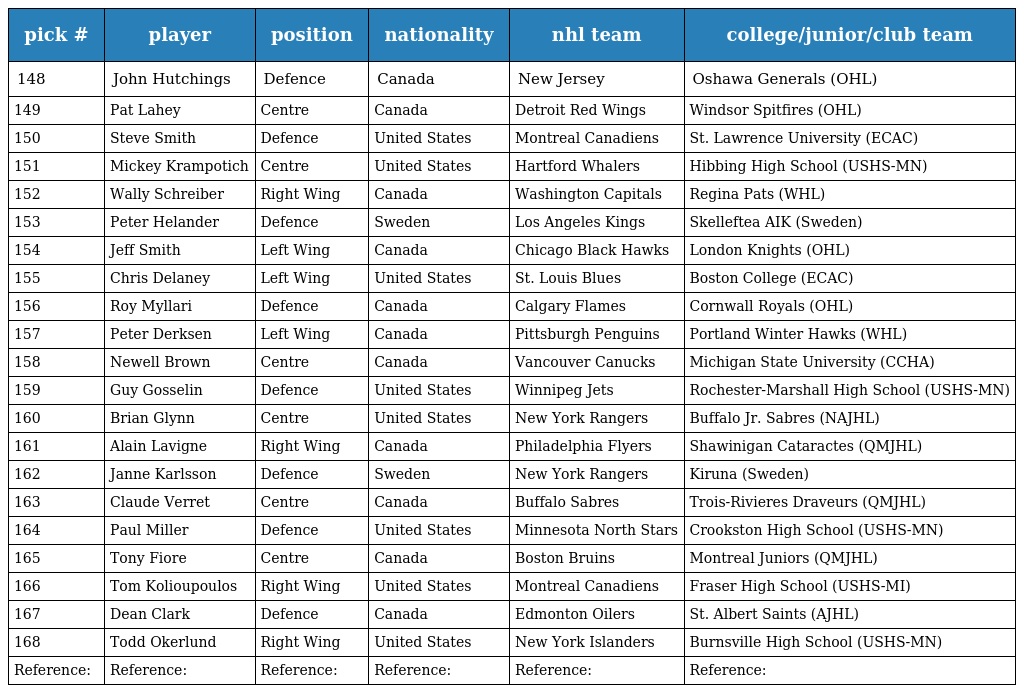
| pick # | player | position | nationality | nhl team | college/junior/club team |
 | --- | --- | --- | --- | --- | --- |
 | 148 | John Hutchings | Defence | Canada | New Jersey | Oshawa Generals (OHL) |
 | 149 | Pat Lahey | Centre | Canada | Detroit Red Wings | Windsor Spitfires (OHL) |
 | 150 | Steve Smith | Defence | United States | Montreal Canadiens | St. Lawrence University (ECAC) |
 | 151 | Mickey Krampotich | Centre | United States | Hartford Whalers | Hibbing High School (USHS-MN) |
 | 152 | Wally Schreiber | Right Wing | Canada | Washington Capitals | Regina Pats (WHL) |
 | 153 | Peter Helander | Defence | Sweden | Los Angeles Kings | Skelleftea AIK (Sweden) |
 | 154 | Jeff Smith | Left Wing | Canada | Chicago Black Hawks | London Knights (OHL) |
 | 155 | Chris Delaney | Left Wing | United States | St. Louis Blues | Boston College (ECAC) |
 | 156 | Roy Myllari | Defence | Canada | Calgary Flames | Cornwall Royals (OHL) |
 | 157 | Peter Derksen | Left Wing | Canada | Pittsburgh Penguins | Portland Winter Hawks (WHL) |
 | 158 | Newell Brown | Centre | Canada | Vancouver Canucks | Michigan State University (CCHA) |
 | 159 | Guy Gosselin | Defence | United States | Winnipeg Jets | Rochester-Marshall High School (USHS-MN) |
 | 160 | Brian Glynn | Centre | United States | New York Rangers | Buffalo Jr. Sabres (NAJHL) |
 | 161 | Alain Lavigne | Right Wing | Canada | Philadelphia Flyers | Shawinigan Cataractes (QMJHL) |
 | 162 | Janne Karlsson | Defence | Sweden | New York Rangers | Kiruna (Sweden) |
 | 163 | Claude Verret | Centre | Canada | Buffalo Sabres | Trois-Rivieres Draveurs (QMJHL) |
 | 164 | Paul Miller | Defence | United States | Minnesota North Stars | Crookston High School (USHS-MN) |
 | 165 | Tony Fiore | Centre | Canada | Boston Bruins | Montreal Juniors (QMJHL) |
 | 166 | Tom Kolioupoulos | Right Wing | United States | Montreal Canadiens | Fraser High School (USHS-MI) |
 | 167 | Dean Clark | Defence | Canada | Edmonton Oilers | St. Albert Saints (AJHL) |
 | 168 | Todd Okerlund | Right Wing | United States | New York Islanders | Burnsville High School (USHS-MN) |
 | Reference: | Reference: | Reference: | Reference: | Reference: | Reference: |